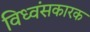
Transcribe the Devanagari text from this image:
विध्वंसकारक